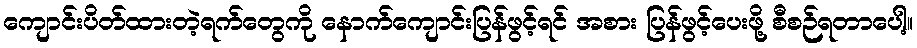
ကျောင်းပိတ်ထားတဲ့ရက်တွေကို နောက်ကျောင်းပြန်ဖွင့်ရင် အစား ပြန်ဖွင့်ပေးဖို့ စီစဉ်ရတာပေါ့။